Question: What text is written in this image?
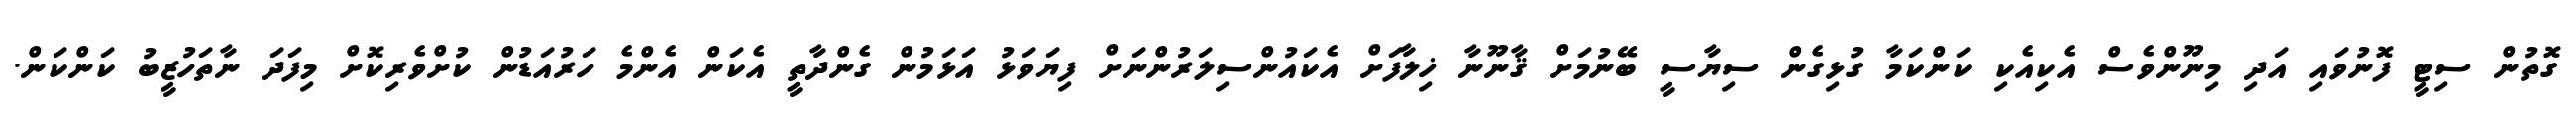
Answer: ގޮތުން ސިޓީ ފޮނުވައި އަދި މިނޫންވެސް އެކިއެކި ކަންކަމާ ގުޅިގެން ސިޔާސީ ބޭނުމަށް ޤާނޫނާ ޚިލާފަށް އެކައުންސިލަރުންނަށް ފިޔަވަޅު އަޅަމުން ގެންދާތީ އެކަން އެންމެ ހަރުއަޑުން ކުށްވެރިކޮށް މިފަދަ ނާތަހުޒީބު ކަންކަން.